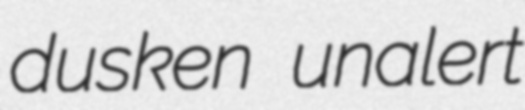
dusken unalert